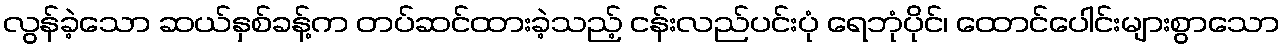
လွန်ခဲ့သော ဆယ်နှစ်ခန့်က တပ်ဆင်ထားခဲ့သည့် ငန်းလည်ပင်းပုံ ရေဘုံပိုင်၊ ထောင်ပေါင်းများစွာသော